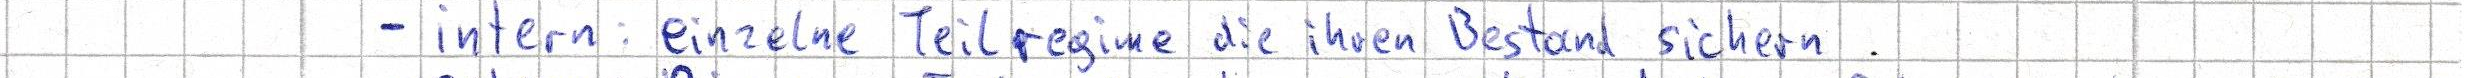
- intern: einzelne Teilregime die ihren Bestand sichern